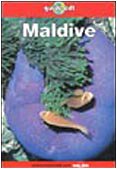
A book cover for Lonely Planet: Maldive (Italian Edition); J. Lyon; Travel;